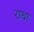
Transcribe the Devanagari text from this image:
राथा